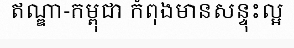
ឥណ្ឌា-កម្ពុជា កំពុងមានសន្ទុះល្អ